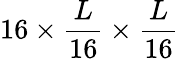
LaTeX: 16\times\frac{L}{16}\times\frac{L}{16}